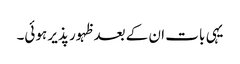
یہی بات ان کے بعد ظہور پذیر ہوئی۔